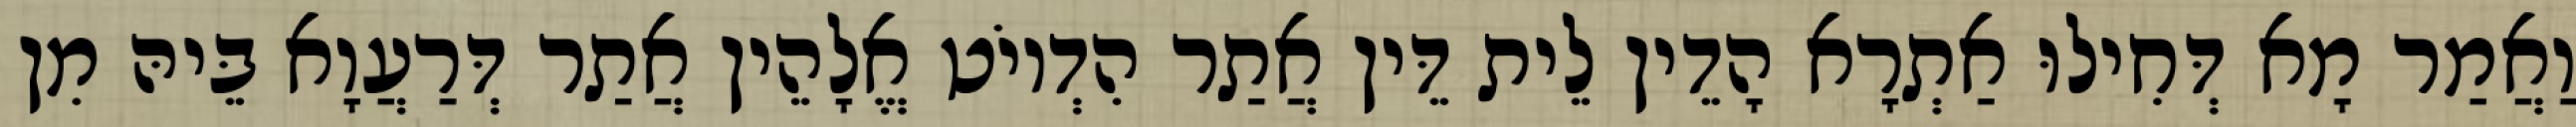
וַאֲמַר מָא דְּחִילוּ אַתְרָא הָדֵין לֵית דֵּין אֲתַר הִדְיוֹט אֱלָהֵין אֲתַר דְּרַעֲוָא בֵּיהּ מִן